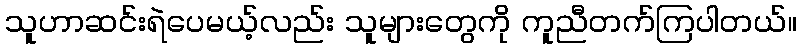
သူဟာဆင်းရဲပေမယ့်လည်း သူများတွေကို ကူညီတက်ကြပါတယ်။